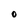
Character: O